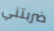
ضربتني